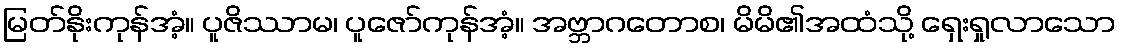
မြတ်နိုးကုန်အံ့။ ပူဇိဿာမ၊ ပူဇော်ကုန်အံ့။ အဗ္ဘာဂတောစ၊ မိမိ၏အထံသို့ ရှေးရှုလာသော